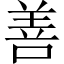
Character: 善